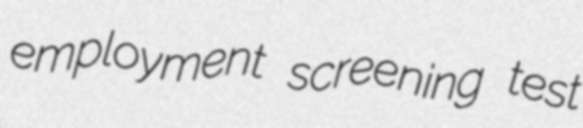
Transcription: employment screening test